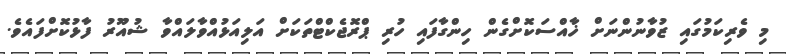
މި ވެރިކަމުގައި ޒުވާނުންނަށް ޚާއްސަކޮށްގެން ހިންގާފައި ހުރި ޕްރޮޖެކްޓްތަކަށް އަލިއަޅުއްވާލައްވާ ޝުއޫރު ފާޅުކޮށްފައެވެ.